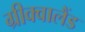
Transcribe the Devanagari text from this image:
ग्रीक्वालैंड